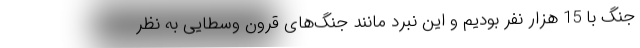
جنگ با 15 هزار نفر بودیم و این نبرد مانند جنگ‌های قرون وسطایی به نظر